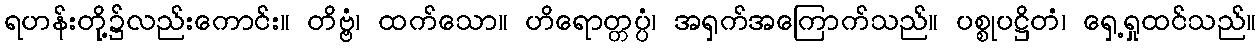
ရဟန်းတို့၌လည်းကောင်း။ တိဗ္ဗံ၊ ထက်သော။ ဟိရောတ္တပ္ပံ၊ အရှက်အကြောက်သည်။ ပစ္စုပဋ္ဌိတံ၊ ရှေ့ရှုထင်သည်။